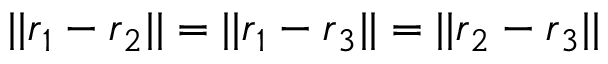
| | \boldsymbol { r } _ { 1 } - \boldsymbol { r } _ { 2 } | | = | | \boldsymbol { r } _ { 1 } - \boldsymbol { r } _ { 3 } | | = | | \boldsymbol { r } _ { 2 } - \boldsymbol { r } _ { 3 } | |